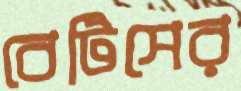
বেটিসের